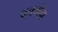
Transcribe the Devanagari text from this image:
वनचोंचा